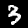
Label: 3